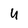
Character: U